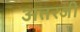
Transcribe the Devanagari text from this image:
अतरजी